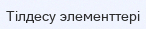
Тілдесу элементтері